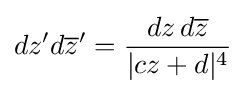
dz'd{\overline {z}}'={\frac {dz\,d{\overline {z}}}{|cz+d|^{4}}}